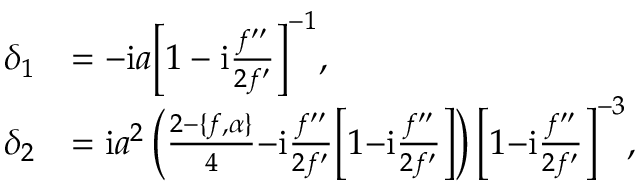
\begin{array} { r l } { \delta _ { 1 } } & { = - \mathrm { i } a \Bigl [ 1 - \mathrm { i } \frac { f ^ { \prime \prime } } { 2 f ^ { \prime } } \Bigr ] ^ { - 1 } , } \\ { \delta _ { 2 } } & { = \mathrm { i } a ^ { 2 } \left( \frac { 2 { - } \{ f , \alpha \} } { 4 } { - } \mathrm { i } \frac { f ^ { \prime \prime } } { 2 f ^ { \prime } } \Bigl [ 1 { - } \mathrm { i } \frac { f ^ { \prime \prime } } { 2 f ^ { \prime } } \Bigr ] \right) \Bigl [ 1 { - } \mathrm { i } \frac { f ^ { \prime \prime } } { 2 f ^ { \prime } } \Bigr ] ^ { - 3 } , } \end{array}